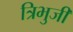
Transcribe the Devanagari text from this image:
त्रिभुजी